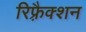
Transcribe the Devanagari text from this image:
रिफ़्रैक्शन